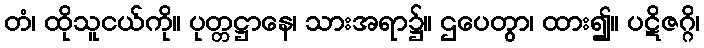
တံ၊ ထိုသူငယ်ကို။ ပုတ္တဋ္ဌာနေ၊ သားအရာ၌။ ဌပေတွာ၊ ထား၍။ ပဋိဇဂ္ဂိ၊